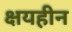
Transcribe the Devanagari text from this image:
क्षयहीन